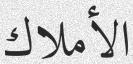
الأملاك